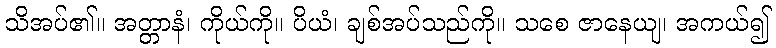
သိအပ်၏။ အတ္တာနံ၊ ကိုယ်ကို။ ပိယံ၊ ချစ်အပ်သည်ကို။ သစေ ဇာနေယျ၊ အကယ်၍